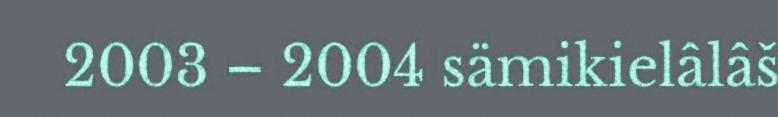
2003 – 2004 sämikielâlâš